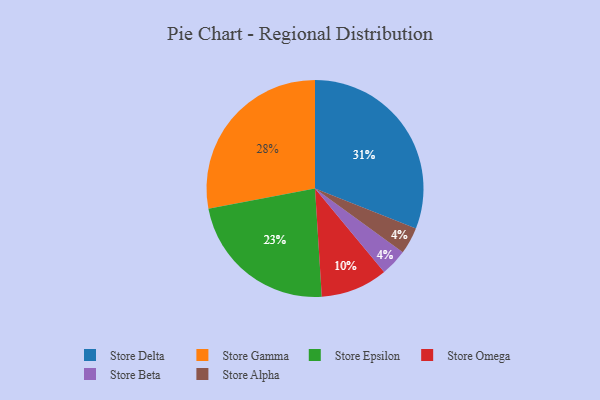
{"axis": {"x": "Category", "y": "Percentage"}, "legend": ["Store Alpha", "Store Beta", "Store Delta", "Store Epsilon", "Store Gamma", "Store Omega"], "data": [{"x": "Store Epsilon", "y": 23, "type": "Store Epsilon"}, {"x": "Store Delta", "y": 31, "type": "Store Delta"}, {"x": "Store Beta", "y": 4, "type": "Store Beta"}, {"x": "Store Gamma", "y": 28, "type": "Store Gamma"}, {"x": "Store Alpha", "y": 4, "type": "Store Alpha"}, {"x": "Store Omega", "y": 10, "type": "Store Omega"}]}